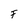
Character: F